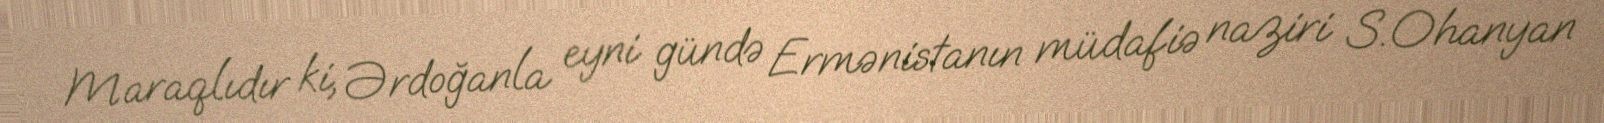
Maraqlıdır ki, Ərdoğanla eyni gündə Ermənistanın müdafiə naziri S.Ohanyan